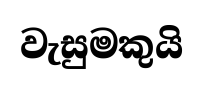
වැසුමකුයි